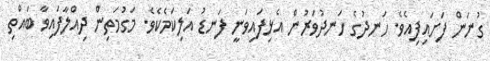
ގުނަން ފަށައިފިއެވެ. ހަނދުގެ ހަނދުވަރުން އެޅިފައިވަނީ ފަނޑު އަލިކަމެކެވެ. މަގުމަތިން ދިއްލާފައިވާ ބައްތި